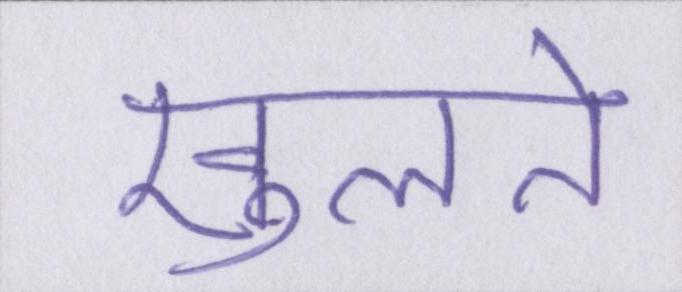
खुलते